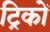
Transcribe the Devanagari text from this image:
ट्रिकों